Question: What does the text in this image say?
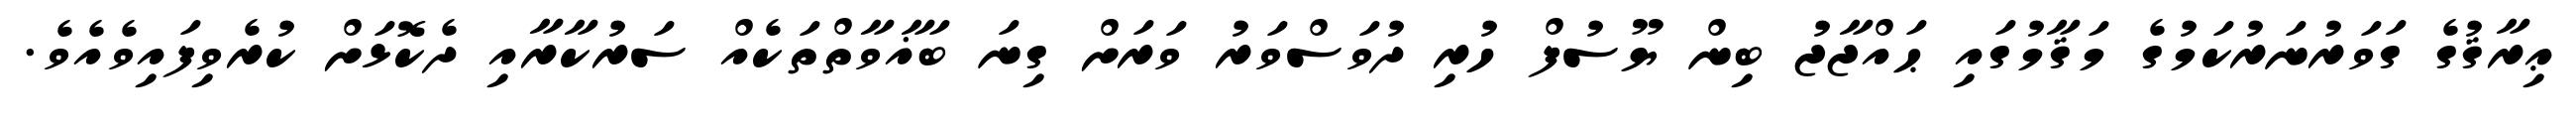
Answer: ޢިރާޤުގެ ގަވަރުނަރުކަމުގެ މަޤާމުގައި ޙައްޖާޖު ބިން ޔޫސުފް ހުރި ދުވަސްވަރު ވަރަށް ގިނަ ބަޣާވާތްތަކެއް ސަރުކާރާއި ދެކޮޅަށް ކުރެވިފައިވެއެވެ.